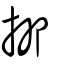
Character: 抑